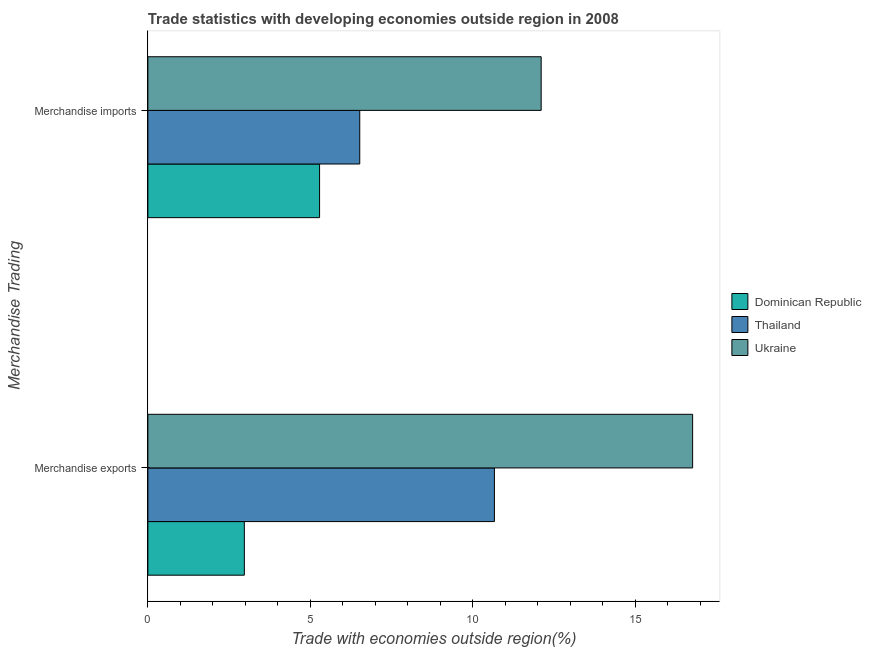
| Merchandise Trading | Dominican Republic | Thailand | Ukraine |
 | --- | --- | --- | --- |
 | Merchandise exports | 2.97 | 10.7 | 16.8 |
 | Merchandise imports | 5.29 | 6.52 | 12.1 |